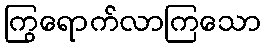
ကြွရောက်လာကြသော